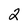
Character: 2